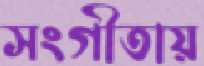
সংগীতায়